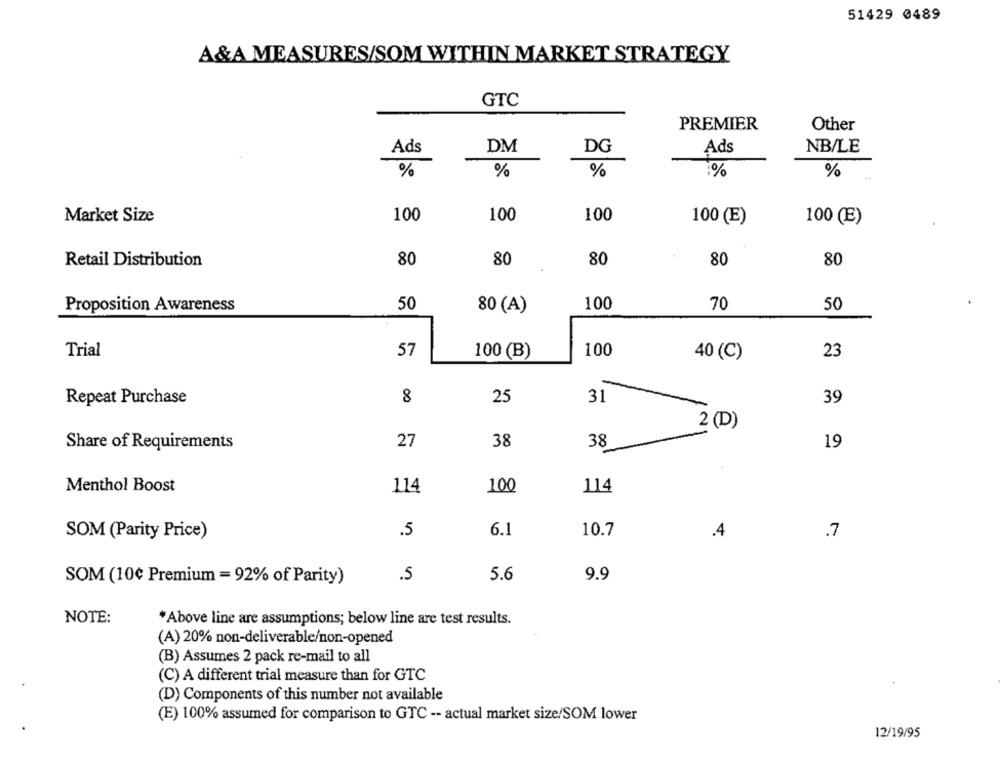
51429 0489
A&A MEASURES/SOM WITHIN MARKET STRATEGY
GTC
PREMIER
Other
Ads
DM
DG
Ads
NB/LE
%
%
%
:%
%
Market Size
100
100
100
100 (E)
100 (E)
80
Retail Distribution
80
80
80
80
50
100
70
50
Proposition Awareness
80 (A)
100
Trial
57
100 (B)
40 (C)
23
Repeat Purchase
8
25
31
39
2 (D)
27
38
38
Share of Requirements
19
Menthol Boost
114
100
114
SOM (Parity Price)
.5
6.1
10.7
.4
.7
SOM (10¢ Premium = 92% of Parity)
.5
5.6
9.9
NOTE:
*Above line are assumptions; below line are test results.
(A) 20% non-deliverable/non-opened
(B) Assumes 2 pack re-mail to all
(C) A different trial measure than for GTC
(D) Components of this number not available
(E) 100% assumed for comparison to GTC -- actual market size/SOM lower
12/19/95